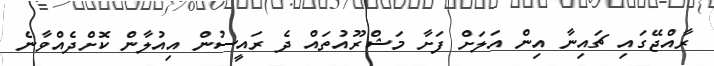
ރާއްޖޭގައި ޗައިނާ އިން އަލަށް ފަށާ މަޝްރޫއުތައް ދެ ރައީސުން އިއުލާން ކޮށްދެއްވާނެ